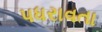
પધરાવતા